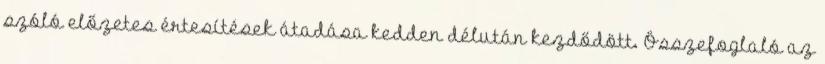
szóló előzetes értesítések átadása kedden délután kezdődött. Összefoglaló az